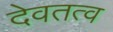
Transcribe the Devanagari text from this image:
देवतत्व